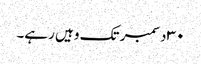
٣٠ دسمبر تک وہیں رہے۔